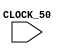
module SpeedClock(
	CLOCK_50,);
	
	input CLOCK_50;
	
	reg [09:00] clock_divider_counter;
	reg speedy_clock;

		always @(posedge CLOCK_50) begin
	//		if (reset == 1'b1) // reset if reset button hit
	//			clock_divider_counter <= 0;
			if (clock_divider_counter == 217) // reset if too high
				clock_divider_counter <= 0;
			else
				clock_divider_counter <= clock_divider_counter + 1;
		end

		always @(posedge CLOCK_50) begin
	//		if (reset == 1'b1)
	//			speedy_clock <= 0;
			if(clock_divider_counter == 217)
				speedy_clock <= ~speedy_clock;
		end
endmodule